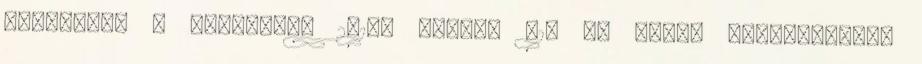
Gabriella ♥ Debrecen, 2017. Július 01. Az oldal folyamatosan